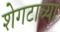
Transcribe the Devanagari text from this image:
शेगटाच्या